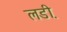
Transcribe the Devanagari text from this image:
लडी़